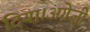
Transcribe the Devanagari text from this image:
दिया।अग्रेज़ी